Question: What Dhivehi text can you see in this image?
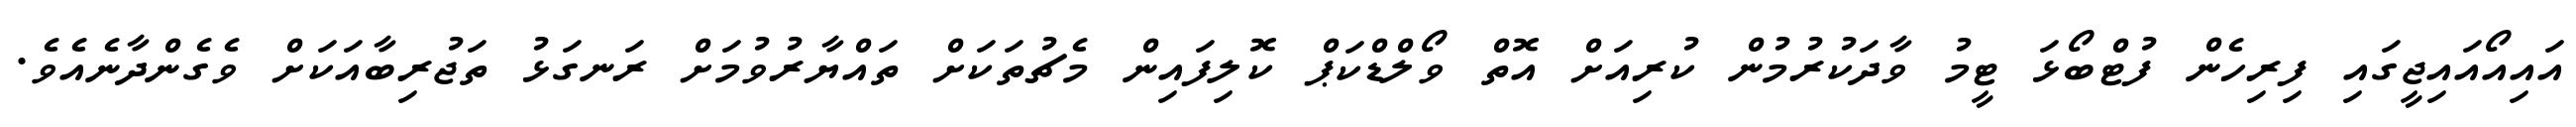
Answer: އައިއޯއައިޖީގައި ފިރިހެން ފުޓްބޯޅަ ޓީމު ވާދަކުރުމުން ކުރިއަށް އޮތް ވޯލްޑްކަޕް ކޮލިފައިން މެޗުތަކަށް ތައްޔާރުވުމަށް ރަނގަޅު ތަޖުރިބާއަކަށް ވެގެންދާނެއެވެ.